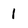
Character: 1